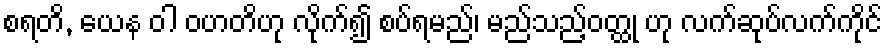
စရတိ, ယေန ဝါ ဝဟတိဟု လိုက်၍ စပ်ရမည်၊ မည်သည့်ဝတ္ထု ဟု လက်ဆုပ်လက်ကိုင်